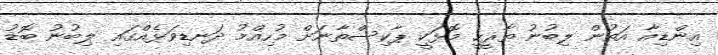
އިންޑިއާ އަތުން ލިބުނު ތާރީހީ މޮޅަކީ ޕާކިސްތާނަށް މުހިއްމު ދަނޑިވަޅެއްގައި ލިބުނު ބޮޑު